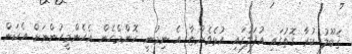
ޤަބޫލު ކުރާ ގޮތުގައި އުފަލުގައި އުޅެވެންޏާ އެ ނިމުނީ. ކޮންމެހެން އެހެންމީހުންނަށް އެކަން